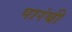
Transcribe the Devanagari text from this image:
पारंबी